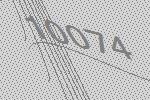
10074